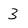
Character: 3